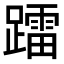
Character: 𨆢